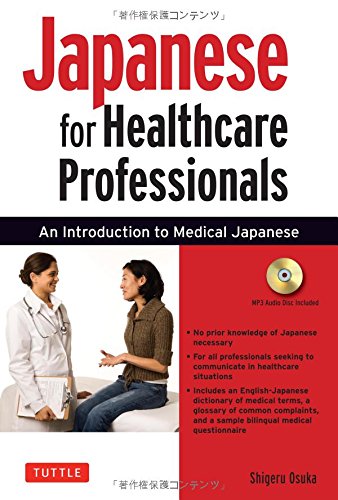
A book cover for Japanese for Healthcare Professionals: An Introduction to Medical Japanese (Audio CD Included); Shigeru Osuka; Reference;